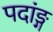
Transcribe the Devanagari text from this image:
पदांङ्ग